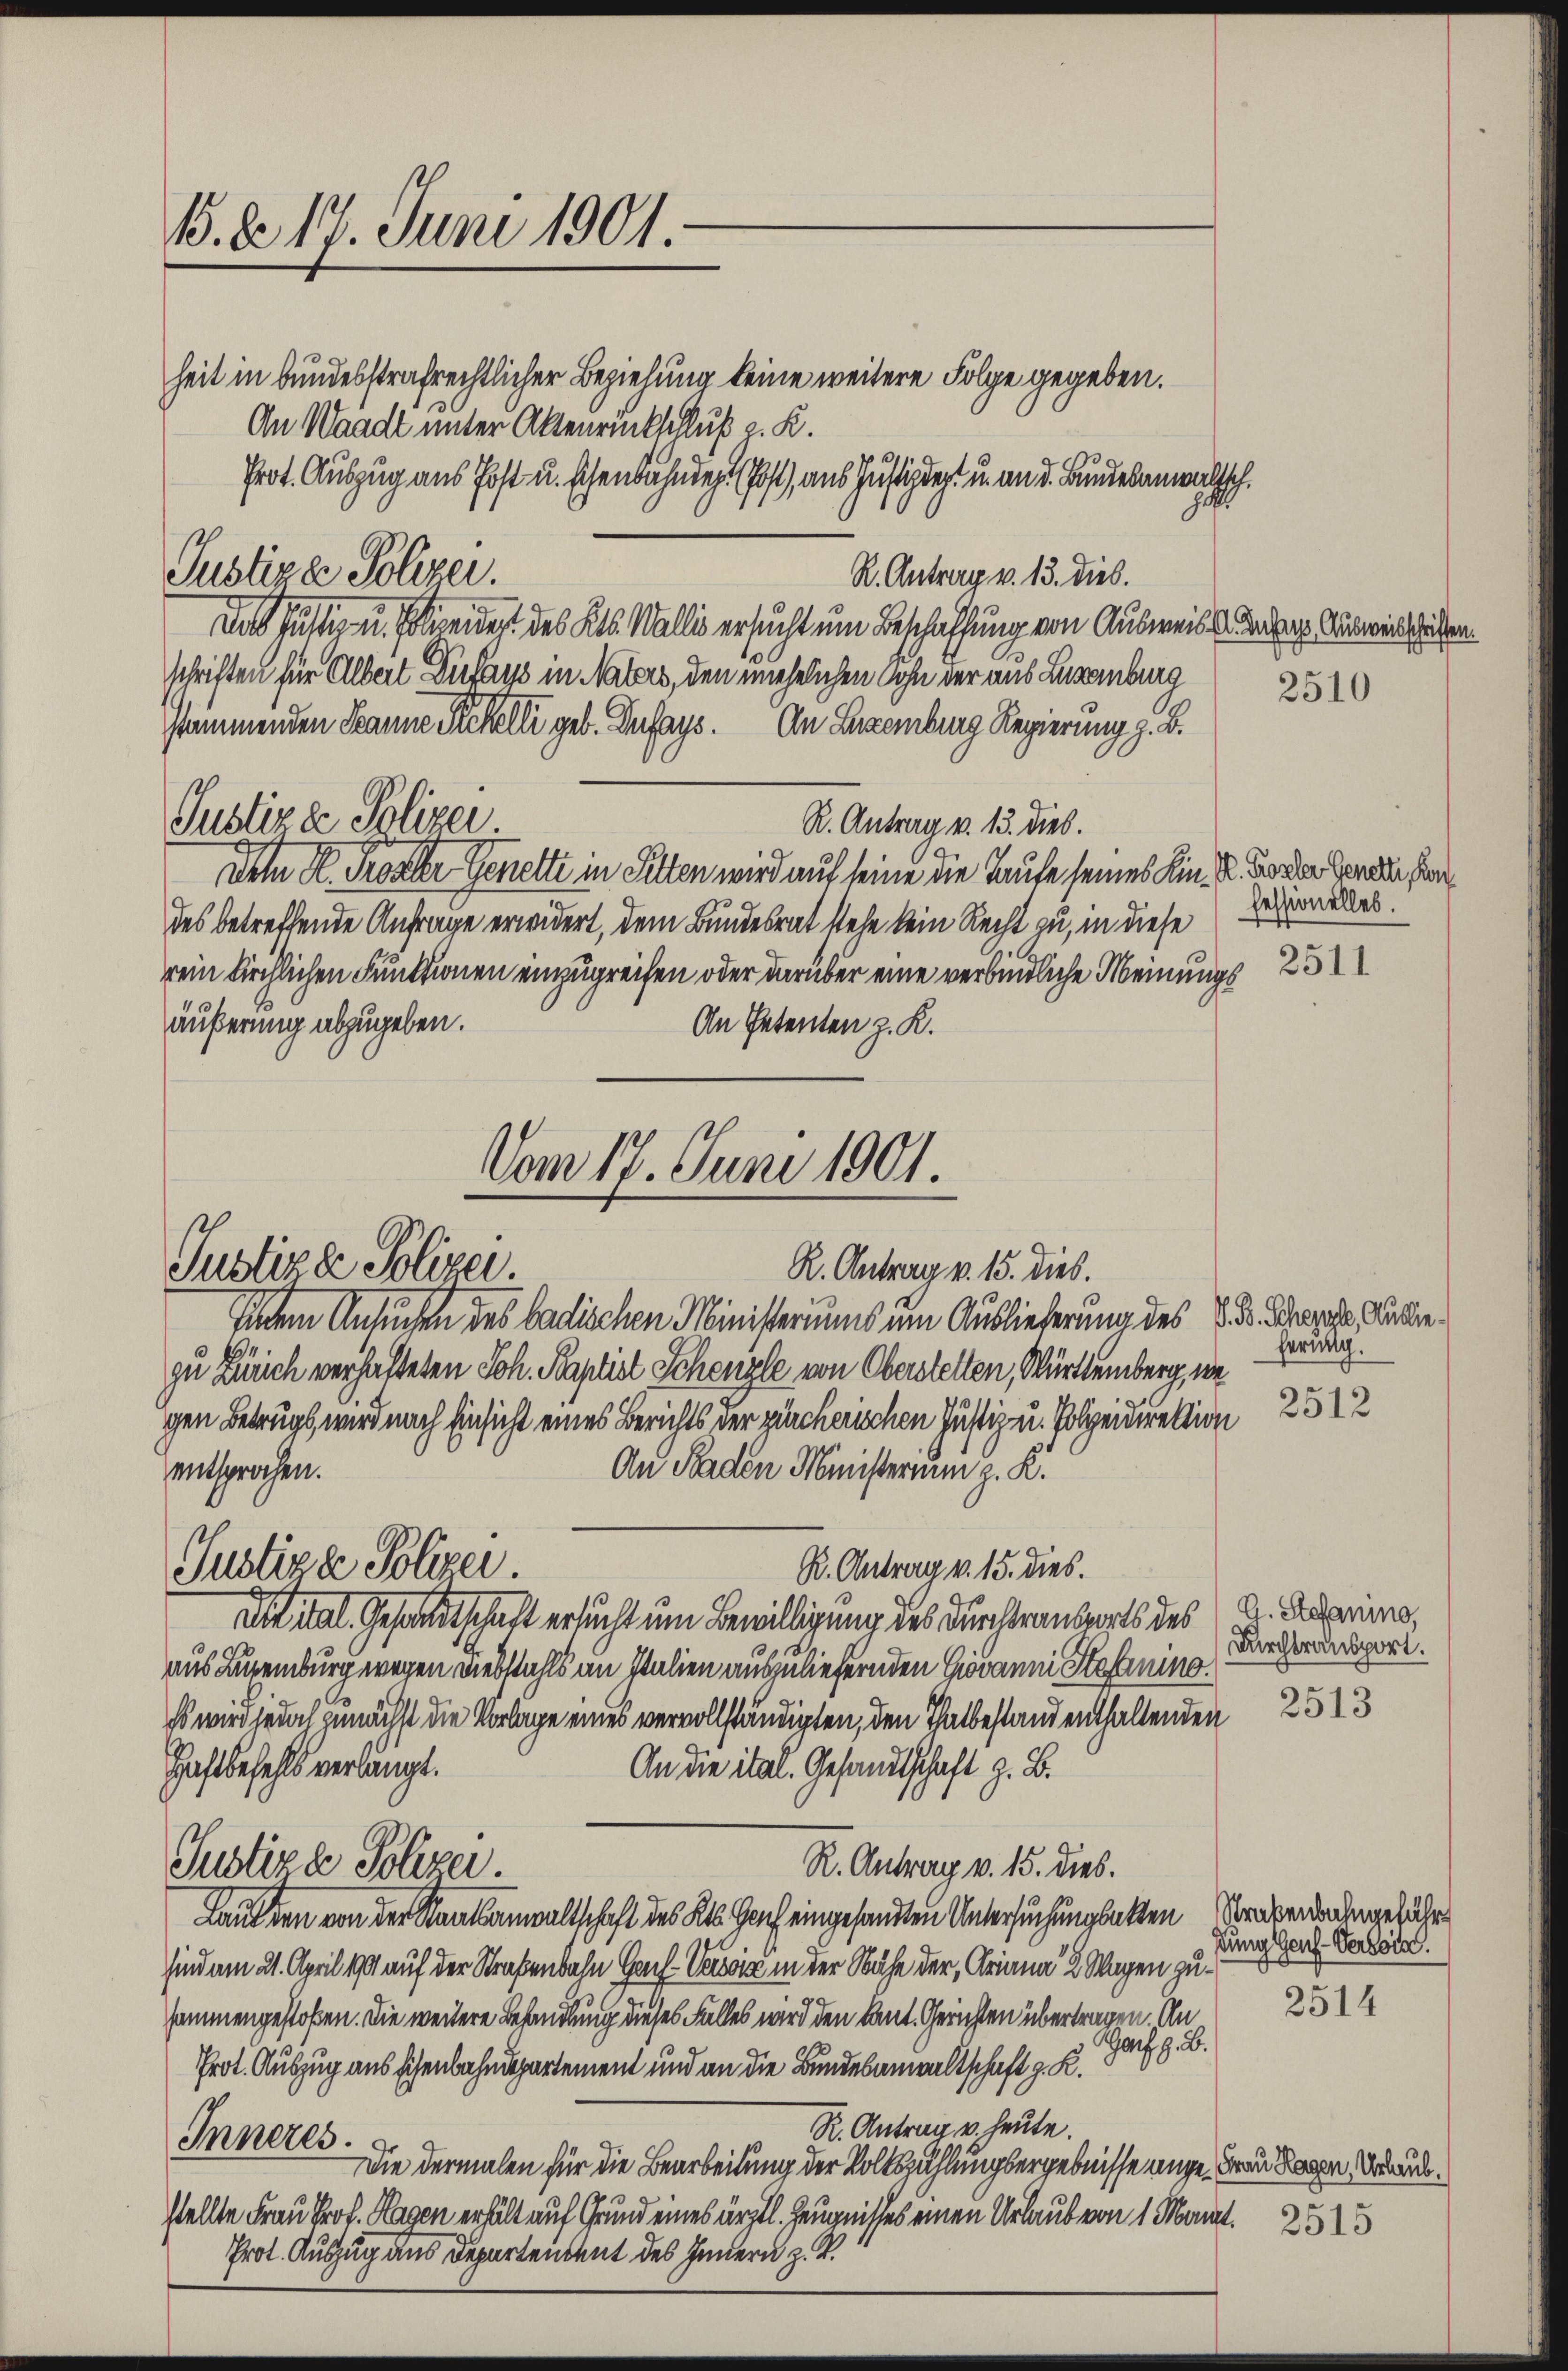
15. d. 17. Juni 1901.
heit in bundesstrafrechtlicher Beziehung keine weitere Folge gegeben.
An Waadt unter Aktenrückschluß z. K.

Justizer Polizei.
R. Antrag v. 13. dies.
schriften für Albert Dirfaus in Naters, den unehelichen Sohn der aus Luxenburg
stammenden Tanne Schelli geb. Dufays. An Luzemberg Regierung z. B.
Justizie Polizei
R. Antrag v. 13. dies.
Dem H. Poster Genette in Sitten wird auf seine die Taufe seines Kin- u. Forder Gerade san
des betreffende Anfrage erwidert, dem Bundesrat stehe kein Recht zu, in diese
rein Kirchlichen Funktionen einzugreifen oder darüber eine verbindliche Meinungs
äußerung abzugeben.
An Petenten z. K.

Prot. Auszug aus Post u. schenbahnen (Post, aus Justizdegt u. an d. Bundesanwaltsch.

Da Justiz u. Polendert des Kts. Wallis ersucht um Beschaffung von Ausweiss der Auswirtschehen

Vom 17. Juni 1901.
Justizze Polizei
R. Antrag v. 15. dies.

Justiza Polizei.

Item Ansuchen des badischen Ministeriums um Ausliederung des Sr. Drapere, Kunde¬
I.
zu Zürich verhalteten Joh. Baptist Schenzle von Oberstelten, Württemberg, we
gen Betrugs wird nach Einsicht eines Berichts der zürcherischen Justiz u. Polizeidirektion
entsprochen.
An Staden Ministerium z. K.
R. Antrag v. 15. dies.
Ditital. Gesandtschaft ersucht um Bewilligung des Durchtrauberts des A. Adarina,
aus Luxenburg wegen Diebstahls an Italien auszuliefernden Giovanni Steffinino¬
Es wird jedoch zunächst die Vorlage eines vervollständigten, den Thatbestand enthaltenden
Haftbefehls verlangt.
An die ital. Gesandtschaft z. B.
Justiza Polizei.
R. Antrag v. 15. dies.
Lauf den von der Staatsanwaltschaft des Kts. Genf eingesandten Untersuchungsatten Grabendangefähr
sind am 21. April 1899 auf der Straßenbahn Gas-Vers in der Nähe der Ariana 2 Wagen zusammengestoßen. Die weitere Behandlung dieses Falles wird den kant. Gerichten übertragen. An
Gaf z. B.
Prot. Auszug aus sichenbahndepartement und an die Bundesanwaltschaft z. K.
R. Antrag v. heute.
Inneres.
Die dermalen für die Bearbeitung der Volkszählungsergebnisse ange, Frau Tagen Voraus.
stellte Frau Prof. Hagen erhält auf Grund eines ärztl. Zeugnisses einen Urlaub von 1 Mart. 2345
Prot. Auszug aus Departendent des Innern z. B.

2510

fessionelles.
2511

herung.
2512

Durchtransport.

2513

sung Gens-Versoin.

2514